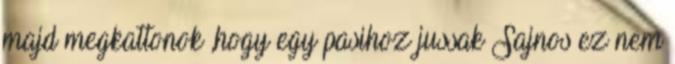
majd megkattonok ,hogy egy pasihoz jussak Sajnos ez nem